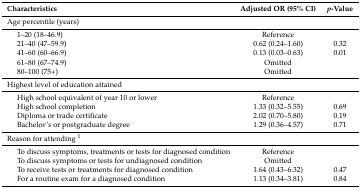
<table><thead><tr><td colspan="2"><b>Characteristics</b></td><td><b>Adjusted OR (95% CI)</b></td><td><b><i>p</i>-Value</b></td></tr></thead><tbody><tr><td colspan="4">Age percentile (years)</td></tr><tr><td rowspan="5"></td><td>1–20 (18–46.9) </td><td>Reference</td><td></td></tr><tr><td>21–40 (47–59.9) </td><td>0.62 (0.24–1.60)</td><td>0.32</td></tr><tr><td>41–60 (60–66.9)</td><td>0.13 (0.03–0.63)</td><td>0.01</td></tr><tr><td>61–80 (67–74.9)</td><td>Omitted</td><td></td></tr><tr><td>80–100 (75+)</td><td>Omitted</td><td></td></tr><tr><td colspan="4">Highest level of education attained </td></tr><tr><td rowspan="4"></td><td>High school equivalent of year 10 or lower</td><td>Reference</td><td></td></tr><tr><td>High school completion</td><td>1.33 (0.32–5.55)</td><td>0.69</td></tr><tr><td>Diploma or trade certificate</td><td>2.02 (0.70–5.80)</td><td>0.19</td></tr><tr><td>Bachelor’s or postgraduate degree</td><td>1.29 (0.36–4.57)</td><td>0.71</td></tr><tr><td colspan="4">Reason for attending <sup>1</sup></td></tr><tr><td rowspan="4"></td><td>To discuss symptoms, treatments or tests for diagnosed condition</td><td>Reference</td><td></td></tr><tr><td>To discuss symptoms or tests for undiagnosed condition</td><td>Omitted</td><td></td></tr><tr><td>To receive tests or treatments for diagnosed condition</td><td>1.64 (0.43–6.32)</td><td>0.47</td></tr><tr><td>For a routine exam for a diagnosed condition</td><td>1.13 (0.34–3.81)</td><td>0.84</td></tr></tbody></table>